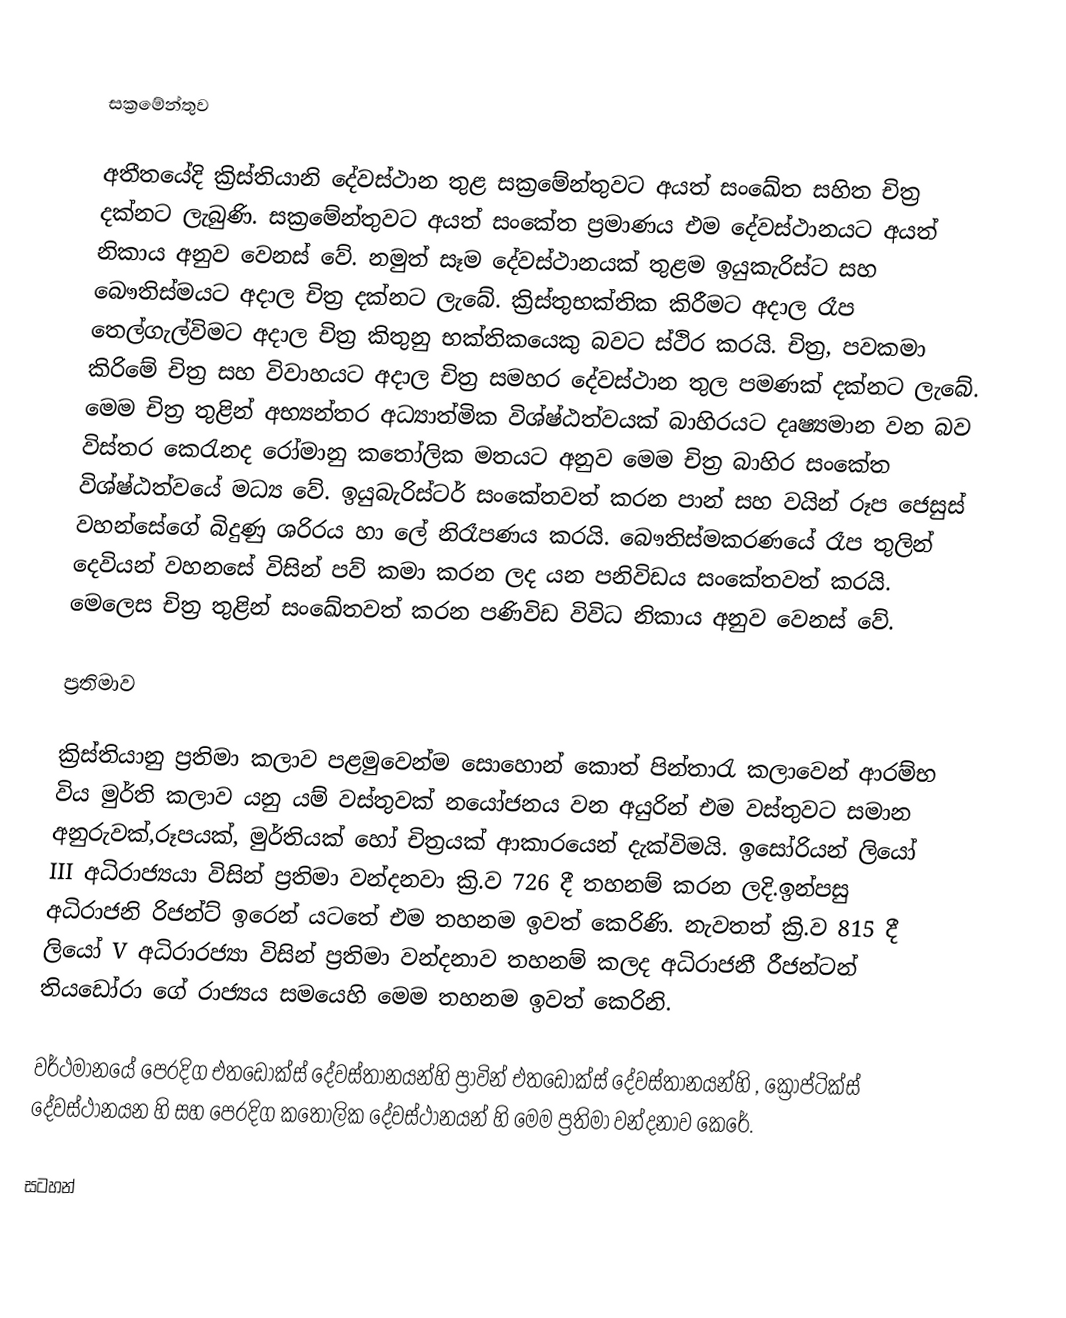

සක්‍රමේන්තුව

අතීතයේදි ක්‍රිස්තියානි දේවස්ථාන තුළ සක්‍රමේන්තුවට අයත් සංඛේත සහිත චිත්‍ර දක්නට ලැබුණි. සක්‍රමේන්තුවට අයත් සංකේත ප්‍රමාණය එම දේවස්ථානයට අයත් නිකාය අනුව වෙනස් වේ. නමුත් සෑම දේවස්ථානයක් තුළම ඉයුකැරිස්ට සහ බෞතිස්මයට අදාල චිත්‍ර දක්නට ලැබේ. ක්‍රිස්තුභක්තික කිරීමට අදාල රෑප තෙල්ගැල්විමට අදාල චිත්‍ර කිතුනු භක්තිකයෙකු බවට ස්ථිර කරයි. චිත්‍ර, පවකමා කිරිමේ චිත්‍ර සහ විවාහයට‍ අදාල චිත්‍ර සමහර දේවස්ථාන තුල පමණක් දක්නට ලැබේ. මෙම චිත්‍ර තුළින් අභ්‍යන්තර අධ්‍යාත්මික විශ්ෂ්ඨත්වයක් බාහිරයට දෘෂ්‍යමාන වන බව විස්තර කෙරැනද රෝමානු කතෝලික මතයට අනුව මෙම චිත්‍ර බාහිර සංකේත විශ්ෂ්ඨත්වයේ මධ්‍ය වේ. ඉයුබැරිස්ටර් සංකේතවත් කරන පාන් සහ වයින් රූප ජෙසුස් වහන්සේගේ බිදුණු ශරිරය හා ලේ නිරෑපණය කරයි. බෞතිස්මකරණයේ රෑප තුලින් දෙවියන් වහනසේ විසින් පව් කමා කරන ලද යන පනිවිඩය සංකේතවත් කරයි. මෙලෙස චිත්‍ර තුළින් සංඛේතවත් කරන පණිවිඩ  විවිධ නිකාය අනුව වෙනස් වේ.

ප්‍රතිමාව

ක්‍රිස්තියානු ප්‍රතිමා කලාව පළමුවෙන්ම සොහොන් කොත් පින්තාරැ කලාවෙන් ආරම්භ විය මුර්ති කලාව යනු යම් වස්තුවක් නයෝජනය වන අයුරින් එම වස්තුවට සමාන අනුරුවක්,රූපයක්, මුර්තියක් හෝ චිත්‍රයක් ආකාරයෙන් දැක්විමයි. ඉසෝරියන් ලියෝ III   අධිරාජ්‍යයා විසින් ප්‍රතිමා වන්දනවා ක්‍රි.ව 726 දී තහනම් කරන ලදි.ඉන්පසු අධිරාජනි රිජන්ට් ඉරෙන් යටතේ එම තහනම ඉවත් කෙරිණි. නැවතත් ක්‍රි.ව 815 දී ලියෝ V අධිරාරජ්‍යා විසින් ප්‍රතිමා වන්දනාව තහනම් කලද අධිරාජනී රීජන්ටන් තියඩෝරා ගේ රාජ්‍යය සමයෙහි මෙම තහනම ඉවත් කෙරිනි.

වර්ථමානයේ පෙරදිග එතඩොක්ස් දේවස්තානයන්හි ප්‍රාවින් එතඩොක්ස් දේවස්තානයන්හි ‍, ක්‍රෝප්ටික්ස් දේවස්ථානයන හි සහ පෙරදිග කතෝලික දේවස්ථානයන් හි මෙම ප්‍රතිමා වන්දනාව කෙරේ.

සටහන්